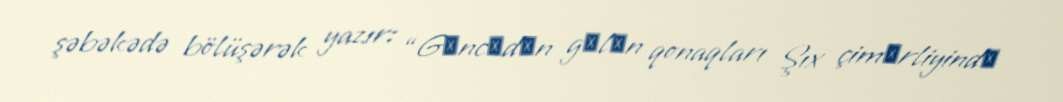
şəbəkədə bölüşərək yazır: “Gәncәdәn gәlәn qonaqları Şıx çimәrliyindә